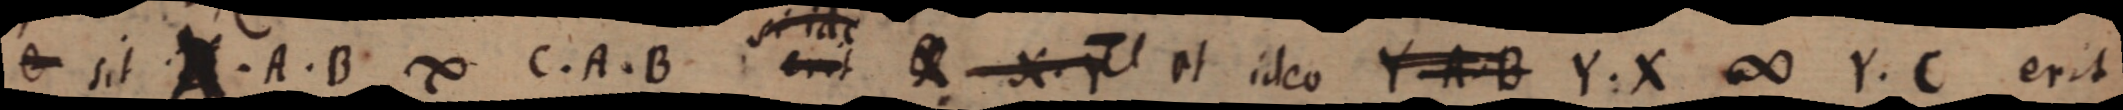
e sit A. B. ∞ C. A. B _ et ideo Y A B Y. X ∞ Y. C erit